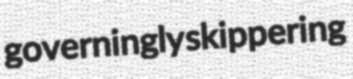
governingly skippering